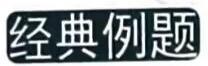
经典例题